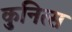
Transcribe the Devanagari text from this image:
कुनित्स